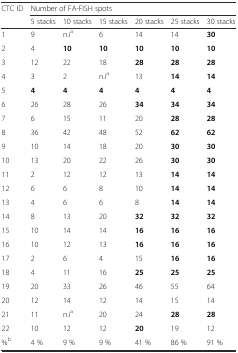
<table><thead><tr><td><b>CTC ID</b></td><td colspan="6"><b>Number of FA-FISH spots</b></td></tr><tr><td></td><td><b>5 stacks</b></td><td><b>10 stacks</b></td><td><b>15 stacks</b></td><td><b>20 stacks</b></td><td><b>25 stacks</b></td><td><b>30 stacks</b></td></tr></thead><tbody><tr><td>1</td><td>9</td><td>n.i<sup>a</sup></td><td>6</td><td>14</td><td>14</td><td><b>30</b></td></tr><tr><td>2</td><td>4</td><td><b>10</b></td><td><b>10</b></td><td><b>10</b></td><td><b>10</b></td><td><b>10</b></td></tr><tr><td>3</td><td>12</td><td>22</td><td>18</td><td><b>28</b></td><td><b>28</b></td><td><b>28</b></td></tr><tr><td>4</td><td>3</td><td>2</td><td>n.i<sup>a</sup></td><td>13</td><td><b>14</b></td><td><b>14</b></td></tr><tr><td>5</td><td><b>4</b></td><td><b>4</b></td><td><b>4</b></td><td><b>4</b></td><td><b>4</b></td><td><b>4</b></td></tr><tr><td>6</td><td>26</td><td>28</td><td>26</td><td><b>34</b></td><td><b>34</b></td><td><b>34</b></td></tr><tr><td>7</td><td>6</td><td>15</td><td>11</td><td>20</td><td><b>28</b></td><td><b>28</b></td></tr><tr><td>8</td><td>36</td><td>42</td><td>48</td><td>52</td><td><b>62</b></td><td><b>62</b></td></tr><tr><td>9</td><td>10</td><td>14</td><td>18</td><td>20</td><td><b>30</b></td><td><b>30</b></td></tr><tr><td>10</td><td>13</td><td>20</td><td>22</td><td>26</td><td><b>30</b></td><td><b>30</b></td></tr><tr><td>11</td><td>2</td><td>12</td><td>12</td><td>13</td><td><b>14</b></td><td><b>14</b></td></tr><tr><td>12</td><td>6</td><td>6</td><td>8</td><td>10</td><td><b>14</b></td><td><b>14</b></td></tr><tr><td>13</td><td>4</td><td>6</td><td>6</td><td>8</td><td><b>14</b></td><td><b>14</b></td></tr><tr><td>14</td><td>8</td><td>13</td><td>20</td><td><b>32</b></td><td><b>32</b></td><td><b>32</b></td></tr><tr><td>15</td><td>10</td><td>14</td><td>14</td><td><b>16</b></td><td><b>16</b></td><td><b>16</b></td></tr><tr><td>16</td><td>10</td><td>12</td><td>13</td><td><b>16</b></td><td><b>16</b></td><td><b>16</b></td></tr><tr><td>17</td><td>2</td><td>6</td><td>4</td><td>15</td><td><b>16</b></td><td><b>16</b></td></tr><tr><td>18</td><td>4</td><td>11</td><td>16</td><td><b>25</b></td><td><b>25</b></td><td><b>25</b></td></tr><tr><td>19</td><td>20</td><td>33</td><td>26</td><td>46</td><td>55</td><td>64</td></tr><tr><td>20</td><td>12</td><td>14</td><td>12</td><td>14</td><td>15</td><td>14</td></tr><tr><td>21</td><td>11</td><td>n.i<sup>a</sup></td><td>20</td><td>24</td><td><b>28</b></td><td><b>28</b></td></tr><tr><td>22</td><td>10</td><td>12</td><td>12</td><td><b>20</b></td><td>19</td><td>12</td></tr><tr><td>%<sup>b</sup></td><td>4 %</td><td>9 %</td><td>9 %</td><td>41 %</td><td>86 %</td><td>91 %</td></tr></tbody></table>